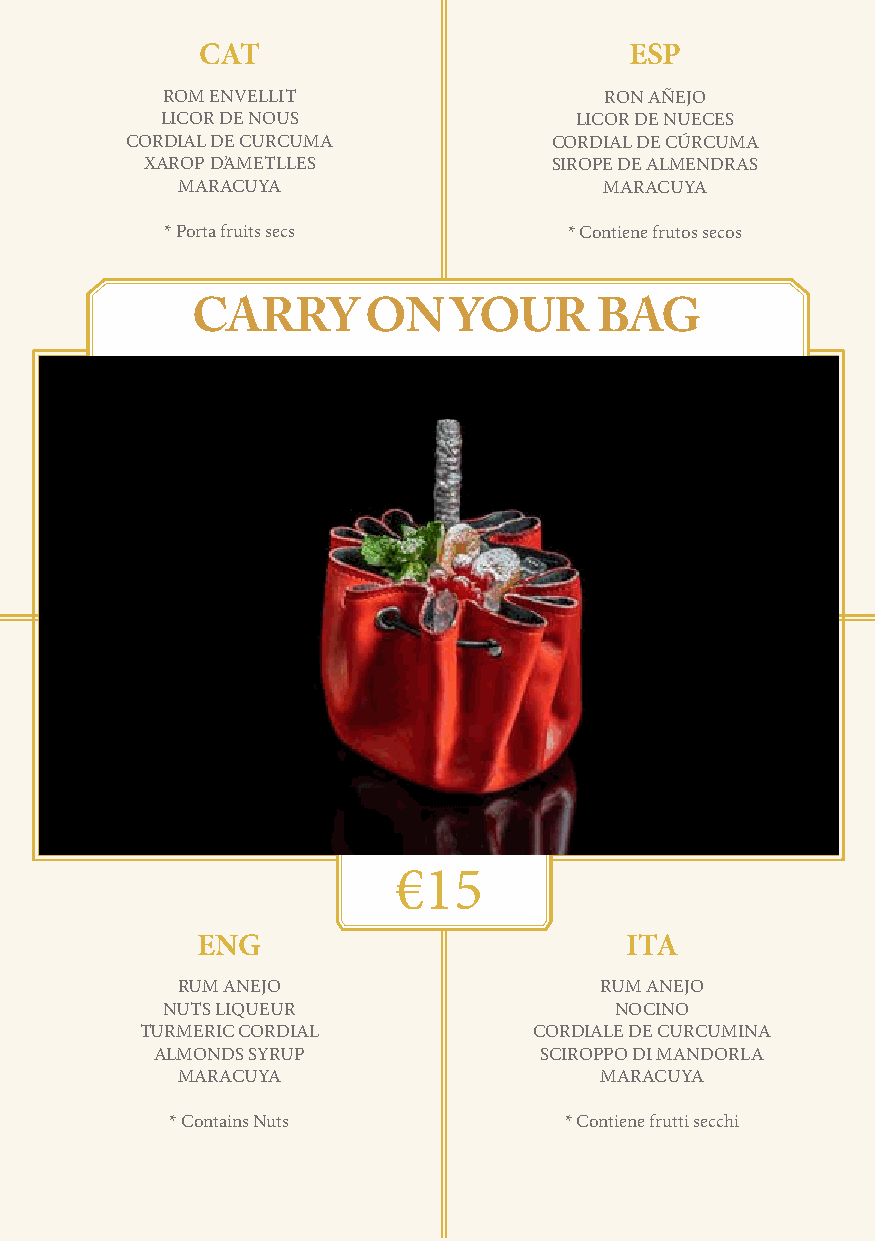
CAT                          ESP
 ROM ENVELLIT                 RON AÑEJO
 LICOR DE NOUS              LICOR DE NUECES
 CORDIAL DE CURCUMA          CORDIAL DE CÚRCUMA
 XAROP D’AMETLLES           SIROPE DE ALMENDRAS
 MARACUYA                    MARACUYA
 * Porta fruits secs        * Contiene frutos secos
 SCREW STRESS HAVE SEX CARRY ON YOUR    BAG
 €15
 ENG                         ITA
 RUM ANEJO                   RUM ANEJO
 NUTS LIQUEUR                  NOCINO
 TURMERIC CORDIAL          CORDIALE DE CURCUMINA
 ALMONDS SYRUP             SCIROPPO DI MANDORLA
 MARACUYA                    MARACUYA
 * Contains Nuts           * Contiene frutti secchi